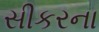
સીકરના